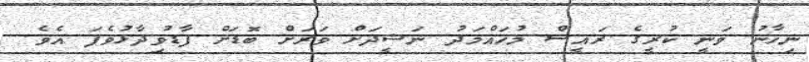
ނިހާނު ވަނީ ކުރީގެ ރައީސް މުހައްމަދު ނަޝީދަށް ވަރަށް ބޮޑަށް ފާޑުވިދާޅުވެފަ އެވެ.